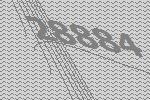
28884